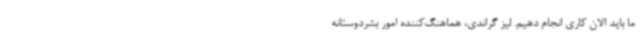
ما باید الان کاری انجام دهیم. لیز گراندی، هماهنگ‌کننده امور بشردوستانه